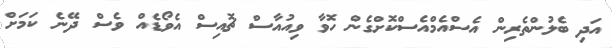
އަދި ބެލުންތެރިން އެސްއެމްއެސްކޮށްގެން ހޮވާ ވިއުއާސް ޗޮއިސް އެވޯޑެއް ވެސް ދޭނެ ކަމަށް